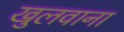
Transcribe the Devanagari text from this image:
खुलवाना